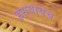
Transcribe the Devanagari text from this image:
हसवायच